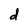
Character: d